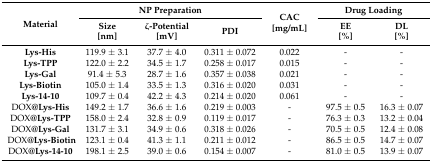
<table><thead><tr><td rowspan="2"><b>Material</b></td><td colspan="3"><b>NP Preparation</b></td><td rowspan="2"><b>CAC[mg/mL]</b></td><td colspan="2"><b>Drug Loading</b></td></tr><tr><td><b>Size[nm]</b></td><td><b>ζ-Potential[mV]</b></td><td><b>PDI</b></td><td><b>EE[%]</b></td><td><b>DL[%]</b></td></tr></thead><tbody><tr><td><b>Lys-His</b></td><td>119.9 ± 3.1</td><td>37.7 ± 4.0</td><td>0.311 ± 0.072</td><td>0.022</td><td>-</td><td>-</td></tr><tr><td><b>Lys-TPP</b></td><td>122.0 ± 2.2</td><td>34.5 ± 1.7</td><td>0.258 ± 0.017</td><td>0.015</td><td>-</td><td>-</td></tr><tr><td><b>Lys-Gal</b></td><td>91.4 ± 5.3</td><td>28.7 ± 1.6</td><td>0.357 ± 0.038</td><td>0.021</td><td>-</td><td>-</td></tr><tr><td><b>Lys-Biotin</b></td><td>105.0 ± 1.4</td><td>33.5 ± 1.3</td><td>0.316 ± 0.020</td><td>0.031</td><td>-</td><td>-</td></tr><tr><td><b>Lys-14-10</b></td><td>109.7 ± 0.4</td><td>42.2 ± 4.3</td><td>0.214 ± 0.020</td><td>0.061</td><td>-</td><td>-</td></tr><tr><td>DOX@<b>Lys-His</b></td><td>149.2 ± 1.7</td><td>36.6 ± 1.6</td><td>0.219 ± 0.003</td><td>-</td><td>97.5 ± 0.5</td><td>16.3 ± 0.07</td></tr><tr><td>DOX@<b>Lys-TPP</b></td><td>158.0 ± 2.4</td><td>32.8 ± 0.9</td><td>0.119 ± 0.017</td><td>-</td><td>76.3 ± 0.3</td><td>13.2 ± 0.04</td></tr><tr><td>DOX@<b>Lys-Gal</b></td><td>131.7 ± 3.1</td><td>34.9 ± 0.6</td><td>0.318 ± 0.026</td><td>-</td><td>70.5 ± 0.5</td><td>12.4 ± 0.08</td></tr><tr><td>DOX@<b>Lys-Biotin</b></td><td>123.1 ± 0.4</td><td>41.3 ± 1.1</td><td>0.211 ± 0.012</td><td>-</td><td>86.5 ± 0.5</td><td>14.7 ± 0.07</td></tr><tr><td>DOX@<b>Lys-14-10</b></td><td>198.1 ± 2.5</td><td>39.0 ± 0.6</td><td>0.154 ± 0.007</td><td>-</td><td>81.0 ± 0.5</td><td>13.9 ± 0.07</td></tr></tbody></table>